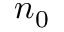
n _ { 0 }